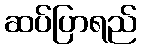
ဆပ်ပြာရည်